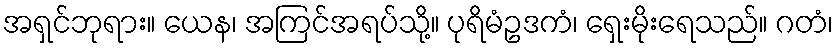
အရှင်ဘုရား။ ယေန၊ အကြင်အရပ်သို့။ ပုရိမံဥဒကံ၊ ရှေးမိုးရေသည်။ ဂတံ၊